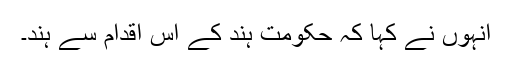
انہوں نے کہا کہ حکومت ہند کے اس اقدام سے ہند۔